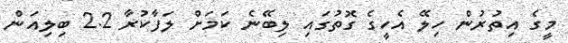
މީގެ އިތުރުން ހިލޭ އެހީގެ ގޮތުގައި ލިބޭނެ ކަމަށް ލަފާކުރާ 2.2 ބިލިއަން